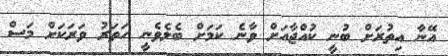
އޭނާ އިތުރަށް ބުނީ ކުއްޖާއަށް ވާނެ ކަމަށް ބެލެވެނީ ހަތަރު ވަރަކަށް މަސް